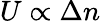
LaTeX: U\propto\Delta n